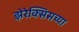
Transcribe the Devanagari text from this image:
झेरेक्सिसच्या